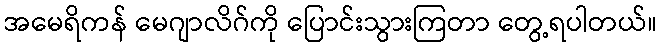
အမေရိကန် မေဂျာလိဂ်ကို ပြောင်းသွားကြတာ တွေ့ရပါတယ်။